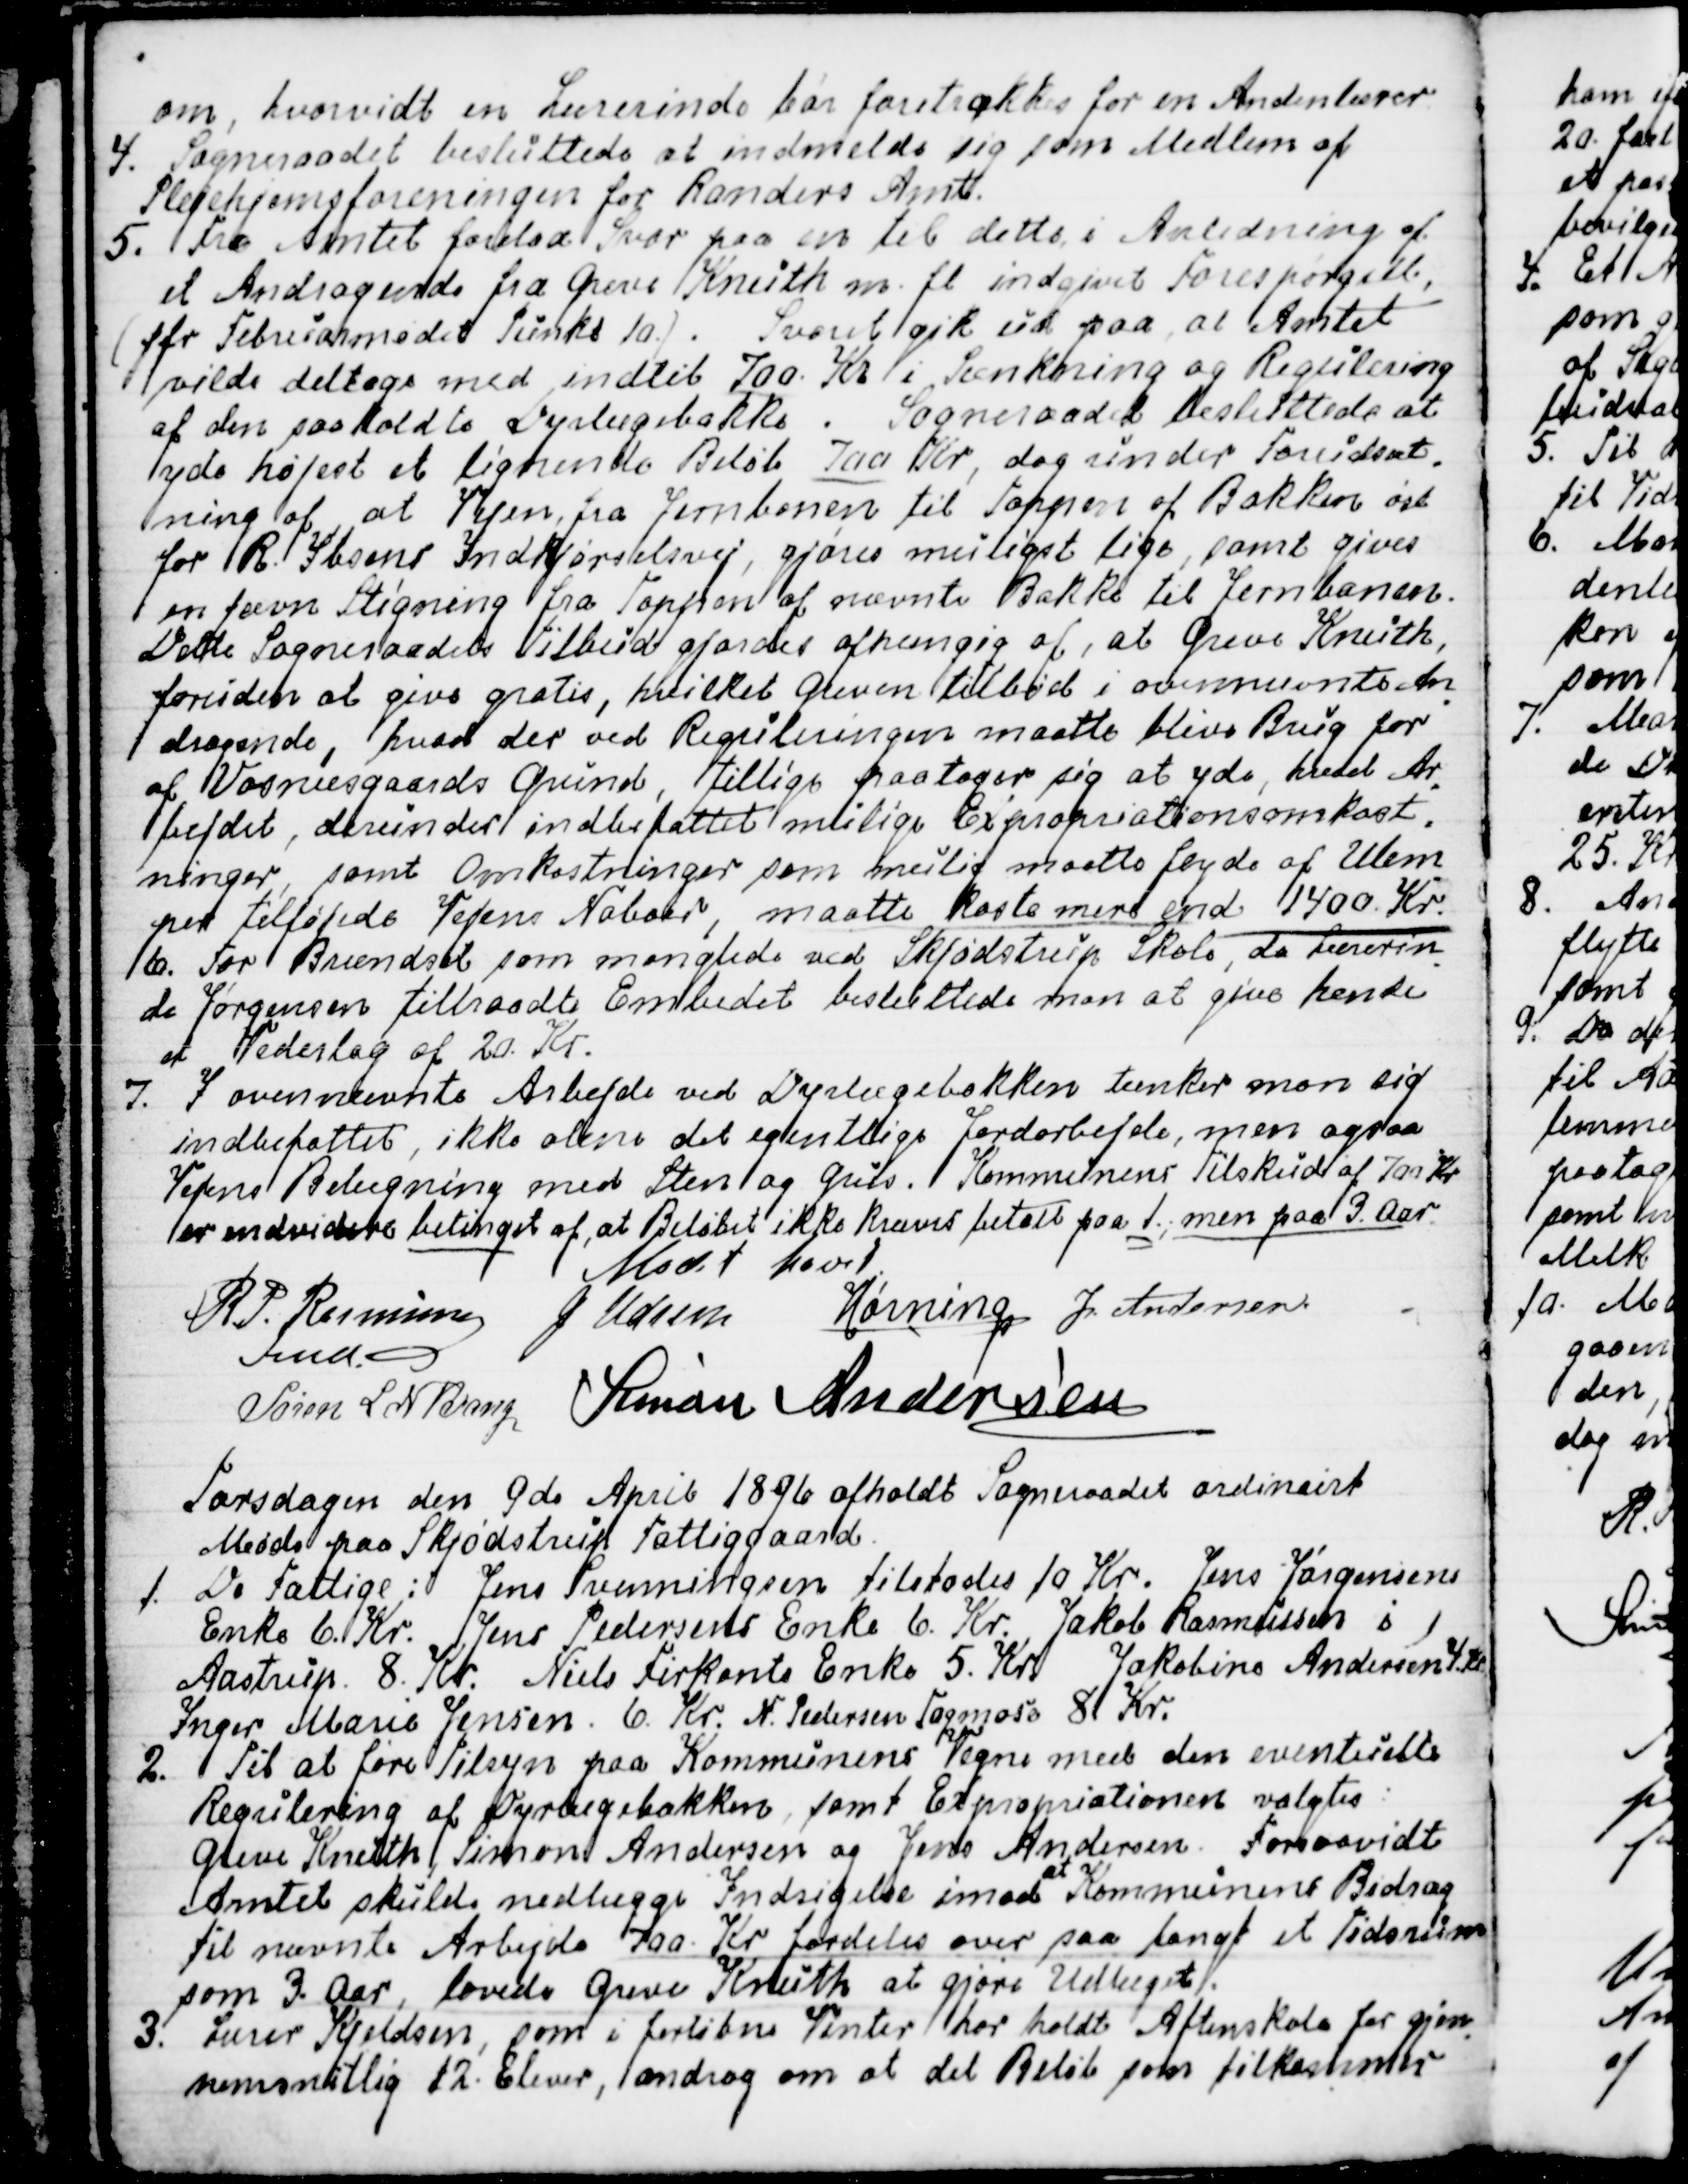
Transskription:
om, hvorvidt en Lærerinde bør foretrækkes for en Andenlærer.
4. Sogneraadet besluttede at indmelde sig som Medlem af
Plejehjemsforeningen for Randers Amt.
5. Fra Amtet forelaa Svar paa en til dette, i Anledning af
et Andragende fra Greve Knuth m. fl. indgivet Forespørgsel,
(jfr Februarmødet Punkt 10.). Svaret gik ud paa, at Amtet
vilde deltage med indtil 700. Kr i Sænkning og Regulering
af den saakaldte Dyrlægebakke.  Sogneraadet besluttede at
yde højest et lignende Beløb 700 Kr, dog under Forudsæt
-
ning af, at Vejen fra Jernbanen til Toppen af Bakken øst 
for R. Ibsens Indkjørselsvej, gjøres muligst lige, samt gives
en jævn Stigning fra Toppen af nævnte Bakke til Jernbanen.
Dette Sogneraadets Tilbud gjordes afhængig af, at Greve Knuth,
foruden at give gratis, hvilket Greven tilbød i ovennævnte An
-
dragende, hvad der ved Reguleringen maatte blive Brug for
af Vosnæsgaards Grund, Tillige paatager sig at yde, hvad Ar
-
bejdet, derunder indbefattet mulige Expropriationsomkost
-
ninger, samt Omkostninger som mulig maatte flyde af Ulem
-
per tilføjede Vejens Naboer, maatte koste mere end 1400 Kr.
6. For Brændsel som manglede ved Skjødstrup Skole, da Lærerin
-
de Jørgensen tiltraadte Embedet besluttede man at give hende
et Vederlag af 20. kr.
7. I Ovennævnte Arbejde ved Dyrlægebakken tænker man sig
indbefattet, ikke alene det egentlige Jordarbejde, men ogsaa
Vejens Belægning med Sten og Grus.  Kommunens Tilskud af 700 Kr
er endvidere betinget af, at Beløbet ikke kræves betalt paa 1., men paa 3. Aar.
Mødet hævet.
R. P. Rasmussen
Fmd.
J Udsen
Hørning
J. Andersen
Søren L N Bang
Simon Andersen

Torsdagen den 9de April 1896 afholdt Sogneraadet ordinairt
Møde paa Skjødstrup Fattiggaard.
1. De Fattige: Jens Svenningsen tilstodes 10 Kr. Jens Jørgensens
Enke 6. Kr. Jens Pedersens Enke 6. Kr. Jakob Rasmussen i
Aastrup 8. Kr. Niels Firkants Enke 5. Kr. Jakobine Andersen 4. Kr
Inger Marie Jensen. 6. Kr. N. Pedersen Tagmose 8 Kr.
2. Til at føre Tilsyn paa Kommunens Vegne med den eventuelle
Regulering af Dyrlægebakken, samt Expropriationen valgtes:
Greve Knuth, Simon Andersen og Jens Andersen. Forsaavidt
Amtet skulde nedlægge Indsigelse imod 
at
Kommunens Bidrag
til nævnte Arbejde 700. Kr fordeles over saa langt et Tidsrum
som 3. Aar, lovede Greve Knuth at gjøre Udlæget.
3. Lærer Kjeldsen, som i forløbne Vinter har holdt Aftenskole for gjen
-
nemsnitlig 12. Elever, androg om at det Beløb som tilkommer